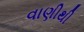
વાણીથી